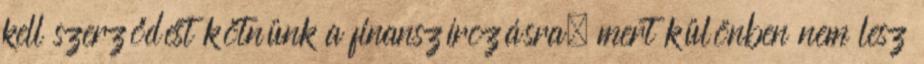
kell szerződést kötnünk a finanszírozásra, mert különben nem lesz